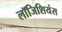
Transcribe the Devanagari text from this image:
लॉजिशियंस